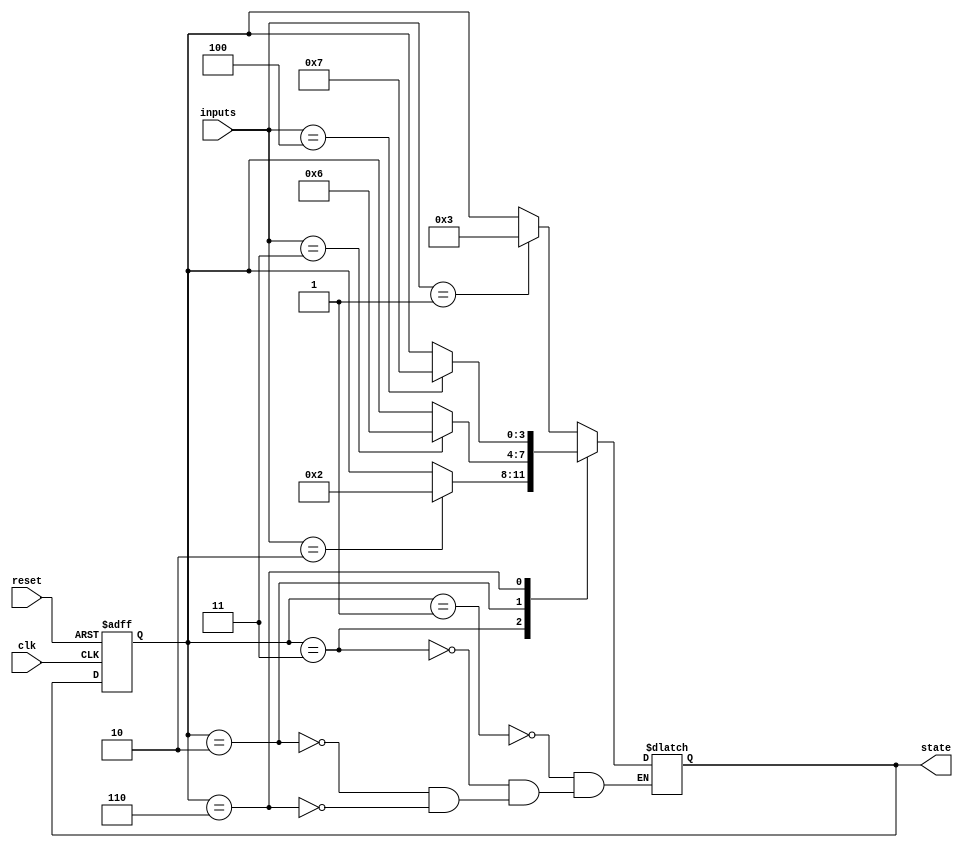
module gray_code_state_machine (
    input wire clk,
    input wire reset,
    input wire [N-1:0] inputs,
    output reg [N-1:0] state
);

// State encoding
parameter N = 4;
parameter [N-1:0] INIT_STATE = 4'b0001;

// Define states using Gray code
parameter [N-1:0] STATE_0 = 4'b0001; // 1
parameter [N-1:0] STATE_1 = 4'b0011; // 3
parameter [N-1:0] STATE_2 = 4'b0010; // 2
parameter [N-1:0] STATE_3 = 4'b0110; // 6
parameter [N-1:0] STATE_4 = 4'b0111; // 7
parameter [N-1:0] STATE_5 = 4'b0101; // 5
parameter [N-1:0] STATE_6 = 4'b0100; // 4
parameter [N-1:0] STATE_7 = 4'b1100; // 12
// Add more states as needed

// State register
reg [N-1:0] state_reg;
always @(posedge clk or posedge reset) begin
    if (reset) begin
        state_reg <= INIT_STATE;
    end else begin
        state_reg <= state;
    end
end

// Next state logic block
always @(*) begin
    case(state_reg)
        STATE_0: begin
            if (inputs == 4'b0001)
                state = STATE_1;
            else
                state = state_reg;
        end
        STATE_1: begin
            if (inputs == 4'b0010)
                state = STATE_2;
            else
                state = state_reg;
        end
        STATE_2: begin
            if (inputs == 4'b0011)
                state = STATE_3;
            else
                state = state_reg;
        end
        STATE_3: begin
            if (inputs == 4'b0100)
                state = STATE_4;
            else
                state = state_reg;
        end
        // Add more cases for additional states
    endcase
end

endmodule